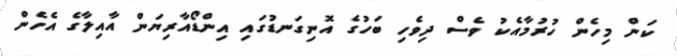
ކަން މިހެން ހުރުމާއެކު ވެސް ދިވެހި ބަހުގެ އޮނިގަނޑުގައި އިންޑޯއާރިޔަން އާއިލާގެ އެހެން